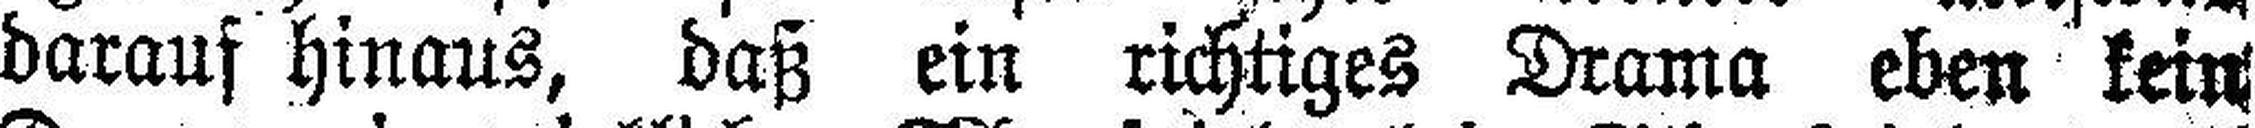
darauf hinaus, daß ein richtiges Drama eben kein